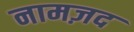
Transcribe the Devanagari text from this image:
नामज़द